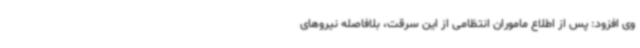
وی افزود: پس از اطلاع ماموران انتظامی از این سرقت، بلافاصله نیروهای